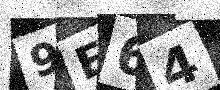
Text: 9E64